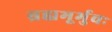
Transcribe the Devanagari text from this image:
ब्रह्मभूर्भुवः